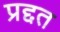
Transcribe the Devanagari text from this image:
प्रद्दत